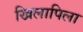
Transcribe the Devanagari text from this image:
खिलापिला